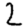
Digit: 2